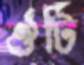
ঔটি